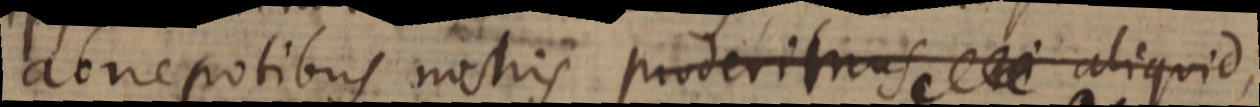
abnepotibus nostris proderimus aliquid,